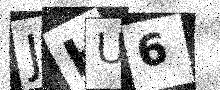
Text: JHU6